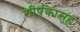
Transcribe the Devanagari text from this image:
शीर्षकासह